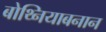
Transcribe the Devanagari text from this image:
बोथ्नियाबनान